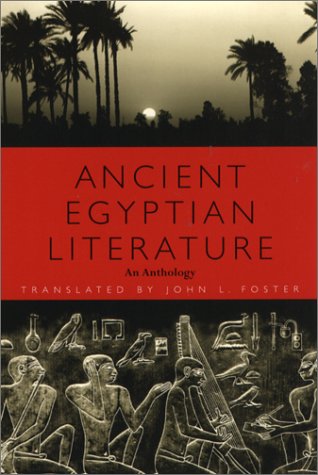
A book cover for Ancient Egyptian Literature: An Anthology; Literature & Fiction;